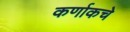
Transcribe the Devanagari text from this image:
कर्णाकचे